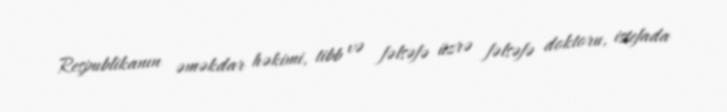
Respublikanın əməkdar həkimi, tibb və fəlsəfə üzrə fəlsəfə doktoru, istefada